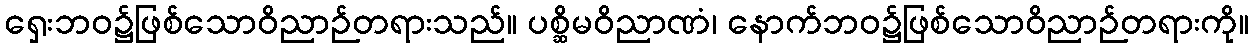
ရှေးဘဝ၌ဖြစ်သောဝိညာဉ်တရားသည်။ ပစ္ဆိမဝိညာဏံ၊ နောက်ဘဝ၌ဖြစ်သောဝိညာဉ်တရားကို။